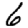
Digit: 6